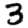
Digit: 3